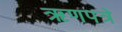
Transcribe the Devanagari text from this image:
ऋणपत्रे